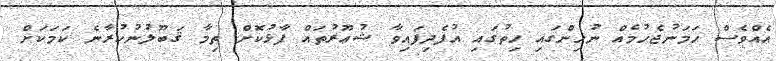
އެއްވެސް ހަމަނުޖެހުމެއް ނުހިންގައި ހިތުގައި އުފެދިފައިވާ ޝުޢޫރުތައް ފާޅުކޮށް ތިމާ ޤަބޫލުނުކުރާނެ ކަމަކަށް